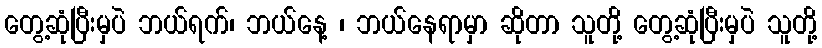
တွေ့ဆုံပြီးမှပဲ ဘယ်ရက်၊ ဘယ်နေ့ ၊ ဘယ်နေရာမှာ ဆိုတာ သူတို့ တွေ့ဆုံပြီးမှပဲ သူတို့